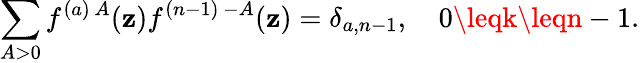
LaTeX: \sum_{A>0}f^{(a)\, A}(\mathbf{z})f^{(n-1)\, -A}(\mathbf{z})=\delta_{a,n-1},\quad0\leqk\leqn-1.